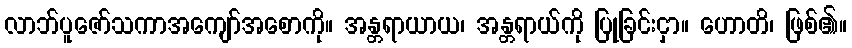
လာဘ်ပူဇော်သကာအကျော်အစောကို။ အန္တရာယာယ၊ အန္တရာယ်ကို ပြုခြင်းငှာ။ ဟောတိ၊ ဖြစ်၏။